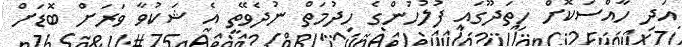
އަދި ހާއްސަކޮށް ހިތަދޫގައި ފުލުހުންގެ ހިދުމަތް ނުދެވޭތީ އެ ޝަކުވާ ވަރަށް ބޮޑަށް